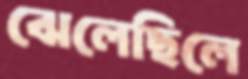
ঝেলেছিলে